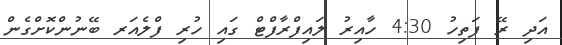
އަދި ރޭ ފަތިހު 4:30 ހާއިރު ލައިފްރާފްޓް ގައި ހުރި ފްލެއަރ ބޭނުންކޮށްގެން